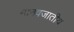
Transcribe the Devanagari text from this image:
मानवजातीय